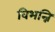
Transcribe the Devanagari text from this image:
विभन्नि